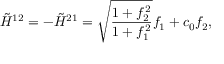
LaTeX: \tilde { { \cal H } } ^ { 1 2 } = - \tilde { { \cal H } } ^ { 2 1 } = \sqrt { \frac { 1 + f _ { 2 } ^ { 2 } } { 1 + f _ { 1 } ^ { 2 } } } f _ { 1 } + c _ { 0 } f _ { 2 } , \nonumber